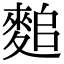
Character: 𪌤